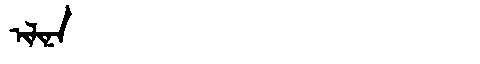
Manchu: ᡳᠯᡳᠨᠠ
Romanization: ILINA